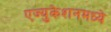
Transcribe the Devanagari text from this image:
एज्युकेशनमध्ये